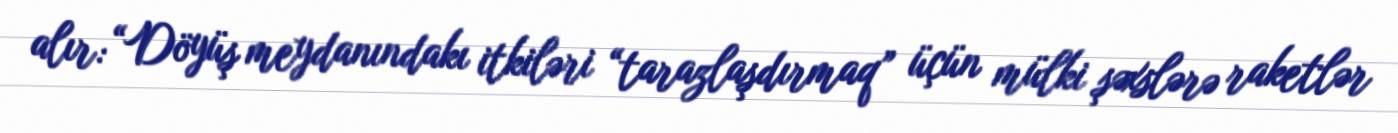
alır: “Döyüş meydanındakı itkiləri “tarazlaşdırmaq” üçün mülki şəxslərə raketlər